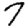
Digit: 7